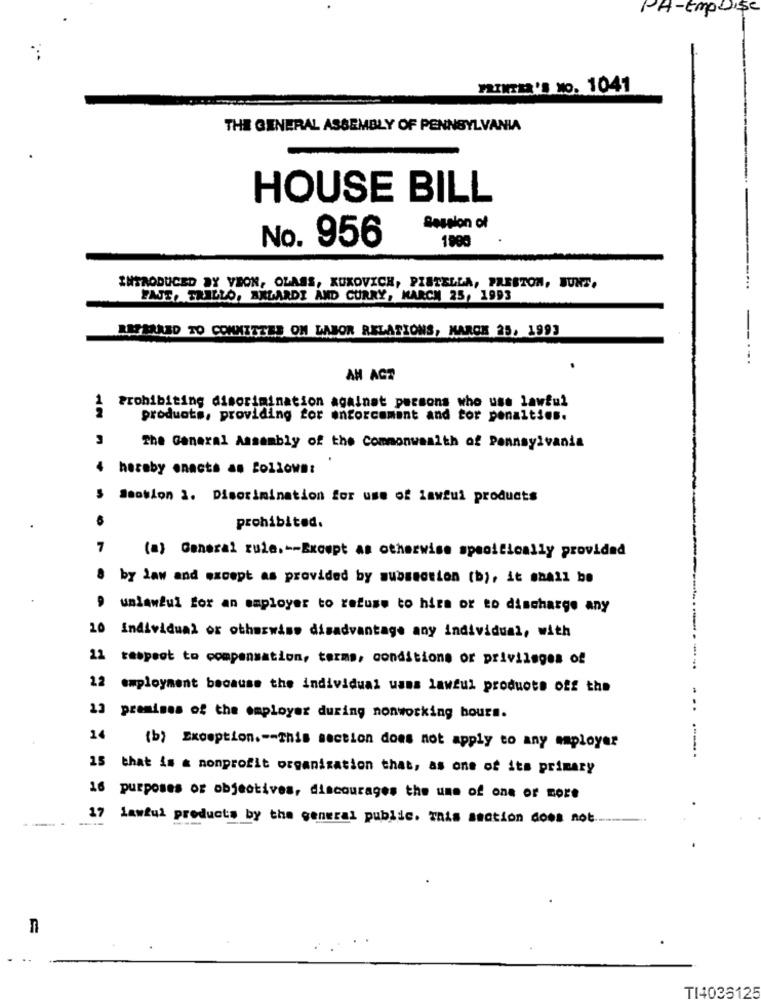
PA-Empoise
PRINTER'S NO. 1041
THE GENERAL ASSEMBLY OF PENNSYLVANIA
HOUSE BILL
Session of
No. 956
1900
INTRODUCED BY VEON, OLASS, KUKOVICH, PISTELLA, PRESTON, BUNT,
ZAJT, TRILLO, AXLARDI AND CURRY, MARCH 25, 1993
REFERRED TO COMMITTEE ON LABOR RELATIONS, MARCH 25, 1993
AH AGT
Prohibiting discrimination against persons who use lawful
products, providing for enforcement and for penalties.
The General Assembly of the Commonwealth of Pennsylvania
hereby enacts as follows:
Ssoblon 1. Discrimination for use of lawful products
prohibited.
7
(a) General rule .-- Except as otherwise specifically provided
8 by law and except as provided by subsection (b), it shall be
,
unlawful for an employer to refuse to hire or to discharge any
10 Individual or otherwise disadvantage any individual, with
12 respect to compensation, terms, conditions or privileges of
...
12 employment because the individual wans lawful products off the
13 premises of the employer during nonworking bours.
14
(b) Exception. -- This section does not apply to any employer
15 that is a nonprofit organization that, as one of its primary
16 purposes of objectives, discourages the une of one or more
17
lawful products by the general public. This section does not ..
n
TI4036125